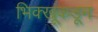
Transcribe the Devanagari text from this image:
भिक्खूंकडून